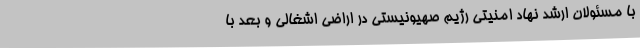
با مسئولان ارشد نهاد امنیتی رژیم صهیونیستی در اراضی اشغالی و بعد با